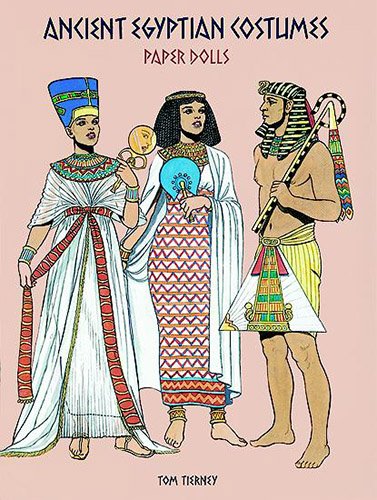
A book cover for Ancient Egyptian Costumes Paper Dolls (Dover Paper Dolls); Tom Tierney; Crafts, Hobbies & Home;